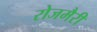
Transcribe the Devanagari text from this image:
रोजमैरी